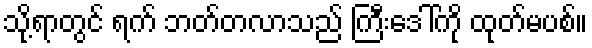
သို့ရာတွင် ရက် ဘတ်တလာသည် ကြီးဒေါ်ကို ထုတ်မပစ်။